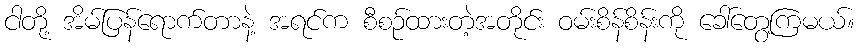
ငါတို့ အိမ်ပြန်ရောက်တာနဲ့ အရင်က စီစဉ်ထားတဲ့အတိုင်း ဝမ်းစိန်စိန်းကို ခေါ်တွေ့ကြမယ်။